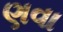
ણવા